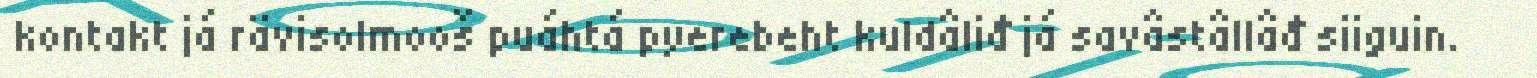
kontakt já rävisolmooš puáhtá pyerebeht kuldâliđ já savâstâllâđ siiguin.